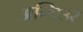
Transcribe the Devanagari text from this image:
अन्थिउर